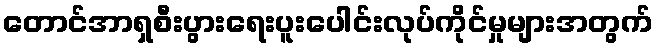
တောင်အာရှစီးပွားရေးပူးပေါင်းလုပ်ကိုင်မှုများအတွက်